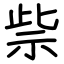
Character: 祡